画像に写った文字を読んでください
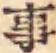
「事」と書いてあります